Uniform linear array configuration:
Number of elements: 48
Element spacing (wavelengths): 1
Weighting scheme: binomial
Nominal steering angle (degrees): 45
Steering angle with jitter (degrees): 45.356
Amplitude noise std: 0.05
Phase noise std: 0.05

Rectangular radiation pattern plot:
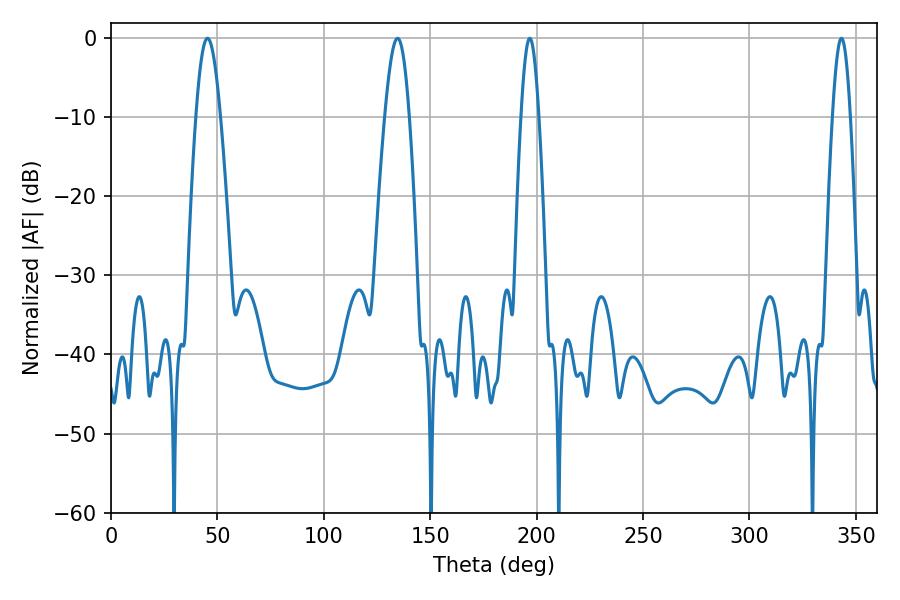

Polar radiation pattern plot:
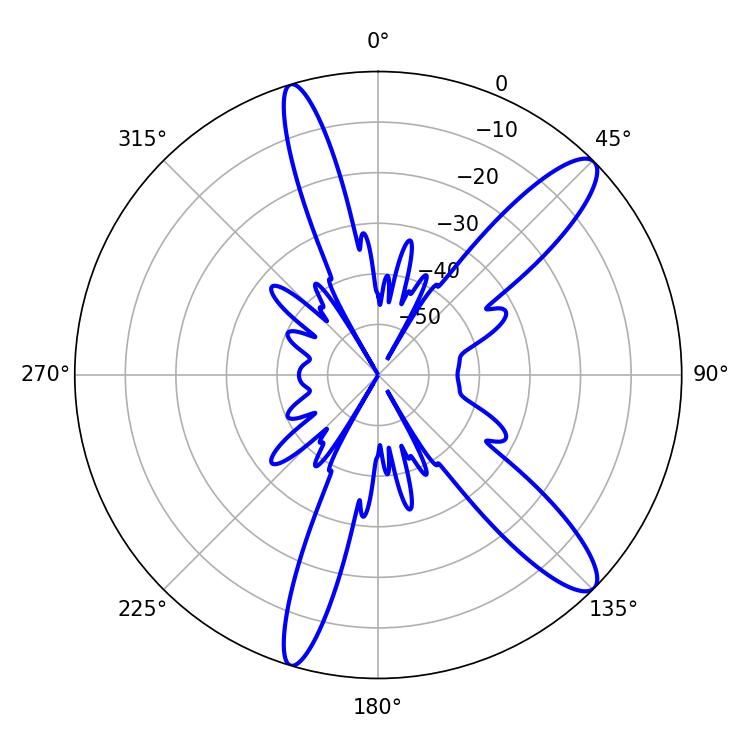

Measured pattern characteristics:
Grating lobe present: TRUE
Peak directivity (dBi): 12.256
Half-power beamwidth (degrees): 6.3
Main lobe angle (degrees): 45.36